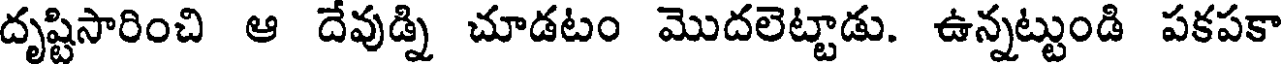
దృష్టిసారించి ఆ దేవుడ్ని చూడటం మొదలెట్టాడు. ఉన్నట్టుండి పకపకా